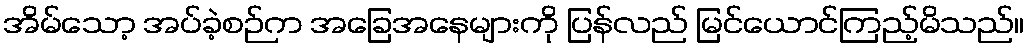
အိမ်သော့ အပ်ခဲ့စဉ်က အခြေအနေများကို ပြန်လည် မြင်ယောင်ကြည့်မိသည်။